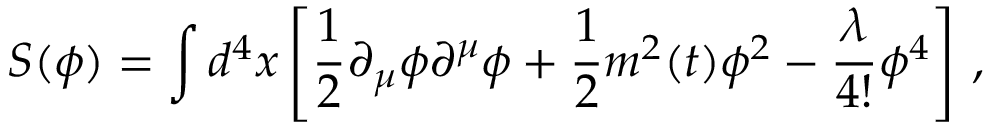
S ( \phi ) = \int d ^ { 4 } x \left[ \frac { 1 } { 2 } \partial _ { \mu } \phi \partial ^ { \mu } \phi + \frac { 1 } { 2 } m ^ { 2 } ( t ) \phi ^ { 2 } - \frac { \lambda } { 4 ! } \phi ^ { 4 } \right] \, ,